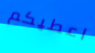
اعطيكم